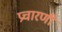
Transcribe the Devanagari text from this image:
प्रचारणी